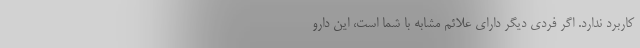
کاربرد ندارد. اگر فردی دیگر دارای علائم مشابه با شما است، این دارو